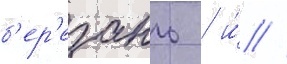
б'ер'езань / и́ //